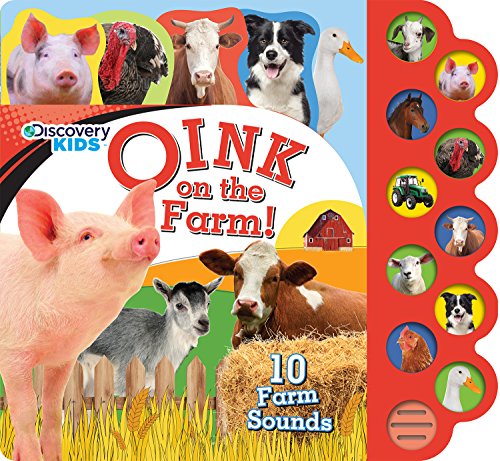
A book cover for Discover Kids: Oink on the Farm! (Discovery Kids 10 Button); Parragon Books; Children's Books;